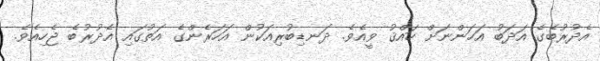
އެދުރުބެގެ އަދަބު އަހަންނަށް ހައްޤު ވީއެވެ. ދަނޑިބުރިއަކުން އަހަރެންގެ އަތުގައި އެދުރުބެ ޖެހިއެވެ.